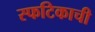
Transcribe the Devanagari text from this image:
स्फटिकाची